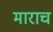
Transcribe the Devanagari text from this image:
माराच